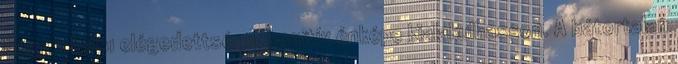
hogy a belsı elégedettsége, pozitív énképe kialakulhasson. A bátortalan